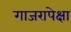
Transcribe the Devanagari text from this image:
गाजरापेक्षा